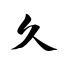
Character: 久